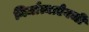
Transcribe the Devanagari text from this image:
निर्मात्याऐवजी